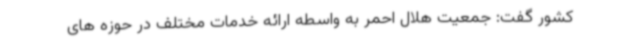
کشور گفت: جمعیت هلال احمر به واسطه ارائه خدمات مختلف در حوزه های